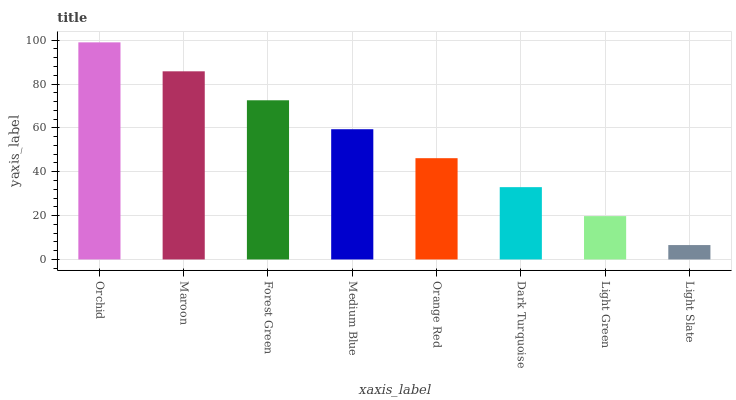
| xaxis_label | bars |
 | --- | --- |
 | Orchid | 99 |
 | Maroon | 85.8 |
 | Forest Green | 72.6 |
 | Medium Blue | 59.4 |
 | Orange Red | 46.2 |
 | Dark Turquoise | 33 |
 | Light Green | 19.8 |
 | Light Slate | 6.56 |